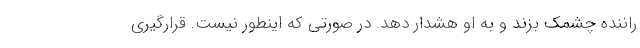
راننده چشمک بزند و به او هشدار دهد. در صورتی که اینطور نیست. قرارگیری